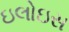
ઇલોઇસ